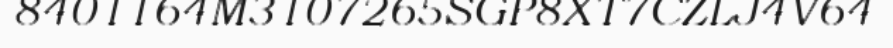
8401164M3107265SGP8XT7CZLJ4V64